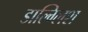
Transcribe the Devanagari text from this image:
डाल्ग्लिश